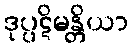
ဒုပ္ပဋိမန္တိယာ